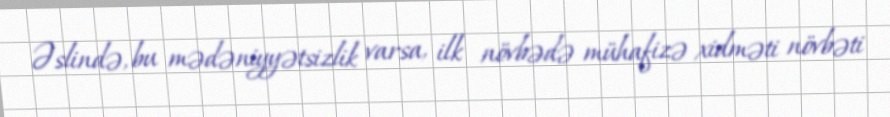
Əslində, bu mədəniyyətsizlik varsa, ilk növbədə mühafizə xidməti növbəti